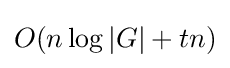
O(n\log |G|+tn)